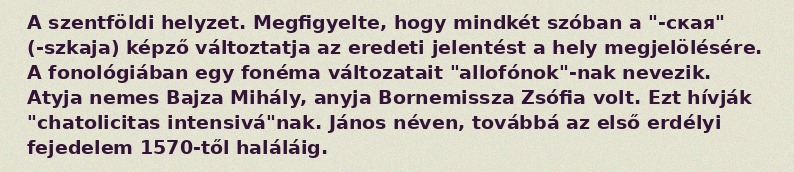
A szentföldi helyzet. Megfigyelte, hogy mindkét szóban a "-ская" (-szkaja) képző változtatja az eredeti jelentést a hely megjelölésére. A fonológiában egy fonéma változatait "allofónok"-nak nevezik. Atyja nemes Bajza Mihály, anyja Bornemissza Zsófia volt. Ezt hívják "chatolicitas intensivá"nak. János néven, továbbá az első erdélyi fejedelem 1570-től haláláig.